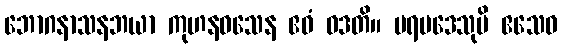
ဘောဂနာသနဘယာ ကုဟနဝသေန ဧဝံ ဝဒတိ။ ပရပဒေသုပိ ဧသေဝ